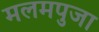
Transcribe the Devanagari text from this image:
मलमपुजा